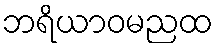
ဘရိယာဝမညထ